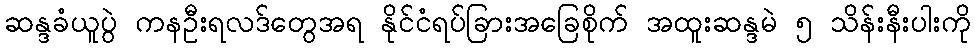
ဆန္ဒခံယူပွဲ ကနဦးရလဒ်တွေအရ နိုင်ငံရပ်ခြားအခြေစိုက် အထူးဆန္ဒမဲ ၅ သိန်းနီးပါးကို